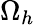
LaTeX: \Omega_{h}